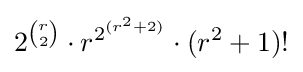
2^{r \choose 2}\cdot r^{2^{(r^{2}+2)}}\cdot (r^{2}+1)!